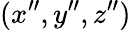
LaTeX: (x^{\prime\prime},y^{\prime\prime},z^{\prime\prime})